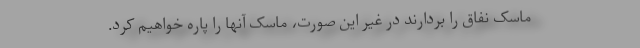
ماسک نفاق را بردارند در غیر این صورت، ماسک آنها را پاره خواهیم کرد.